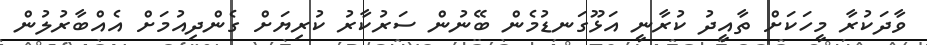
ވާދަކުރާ މީހަކަށް ތާއީދު ކުރާނީ އަޅޫގަނޑުމެން ބޭނުން ސަރުކާރު ކުރިޔަށް ގެންދިއުމަށް އެއްބާރުލުން